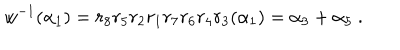
LaTeX: w ^ { - 1 } ( \alpha _ { 1 } ) = r _ { 8 } r _ { 5 } r _ { 2 } r _ { 1 } r _ { 7 } r _ { 6 } r _ { 4 } r _ { 3 } ( \alpha _ { 1 } ) = \alpha _ { 3 } + \alpha _ { 5 } ~ .